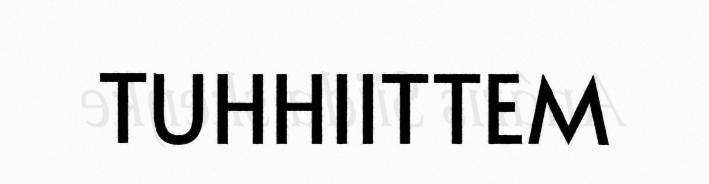
TUHHIITTEM